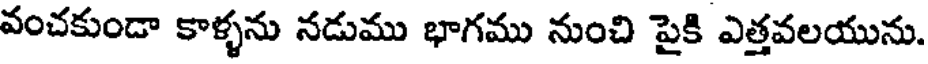
వంచకుండా కాళ్ళను నడుము భాగము నుంచి పైకి ఎత్తవలయును.